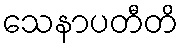
သေနာပတီတိ